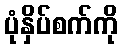
ပုံနှိပ်စက်ကို